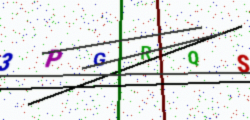
Text: 3PGRQS